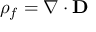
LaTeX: \rho _ { f } = \nabla \cdot \mathbf { D }